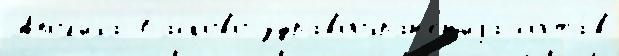
Апол'иха Басково здравоохран'е́н'иjа соста́в